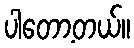
ပါတော့တယ်။